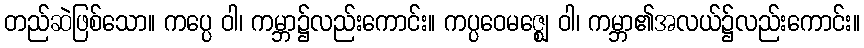
တည်ဆဲဖြစ်သော။ ကပ္ပေ ဝါ၊ ကမ္ဘာ၌လည်းကောင်း။ ကပ္ပဝေမဇ္ဈေ ဝါ၊ ကမ္ဘာ၏အလယ်၌လည်းကောင်း။